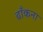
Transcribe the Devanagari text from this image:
ढाँकना